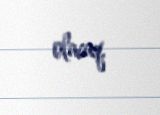
olacaq.